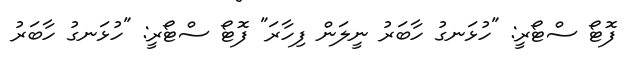
ފޮޓޯ ސްޓޯރީ: "ހުޅަނގު ހާބަރު ނީލަން ފިހާރަ" ފޮޓޯ ސްޓޯރީ: "ހުޅަނގު ހާބަރު